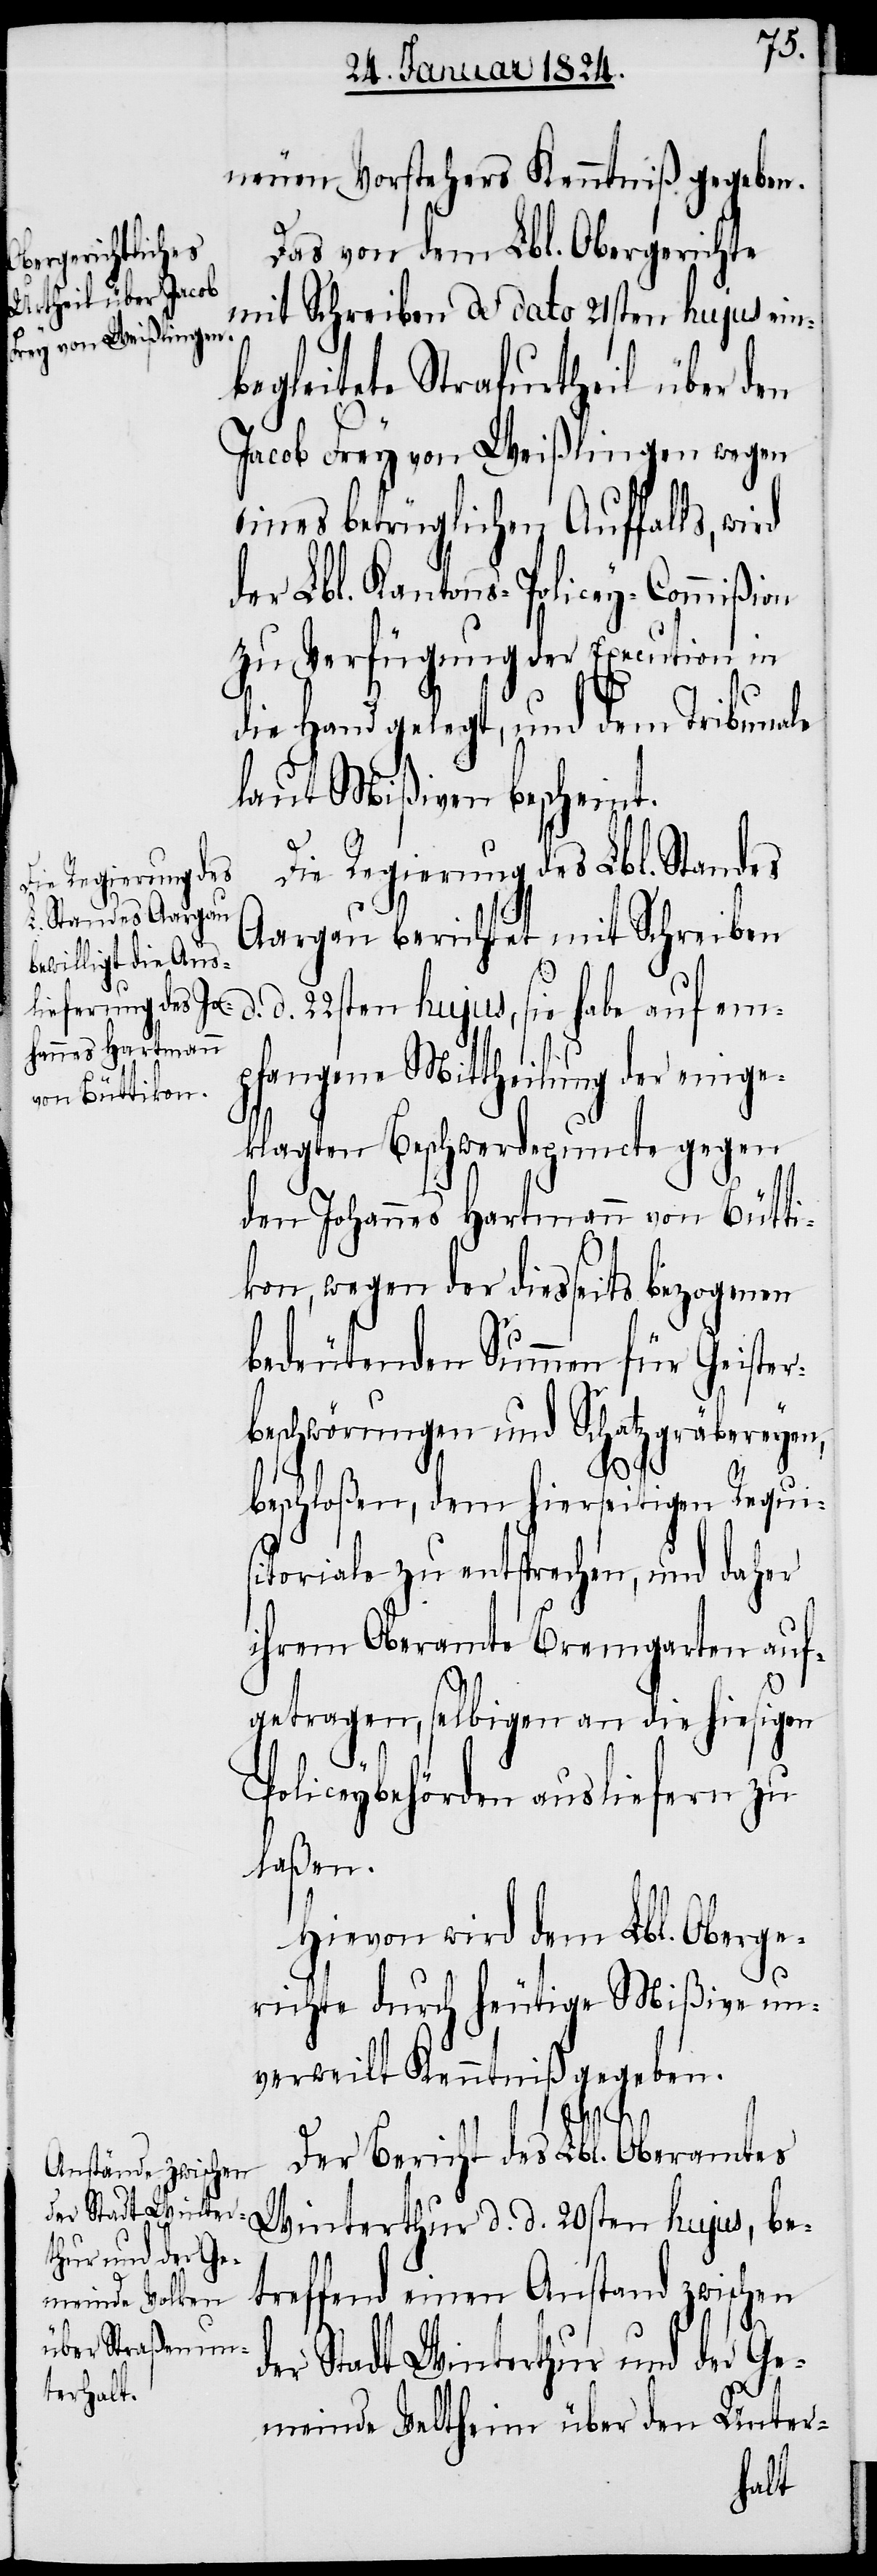
neuen Vorstehers Kenntniß gegeben.
Das von dem Lbl. Obergerichte
mit Schreiben de dato 21sten hujus ein¬
begleitete Strafurtheil über den
Jacob Frey von Weißlingen wegen
eines betrüglichen Auffalls, wi¬
der Lbl. Kantons-Policey-Commißion
zu Verfügung der Execution in
die Hand gelegt, und dem Tribunale
laut Mißiven bescheint.
Die Regierung des Lbl. Standes
Aargau berichtet mit Schreiben
d. 22sten hujus, sie habe auf em¬
pfangene Mittheilung der einge¬
klagten Beschwerdepuncte gegen
den Johannes Hartmann von Bütti¬
kon, wegen der diesseits bezogenen
bedeutenden Summen für Geister¬
beschwörungen und Schatzgräbereyen,
d.
beschloßen, dem hierseitigen Requisi¬
toriale zu entsprechen, und daher
ihrem Oberamte Bremgarten auf¬
getragen, selbigen an die hiesigen
Policeybehörden ausliefern zu
laßen.
Hievon wird dem Lbl. Oberge¬
richte durch heutige Mißive un¬
verweilt Kenntniß gegeben.
Der Bericht des Lbl. Oberamtes
Winterthur d. d. 20sten hujus, be¬
treffend einen Anstand zwischen
der Stadt Winterthur und der Ge¬
meinde Veltheim über den Unter-